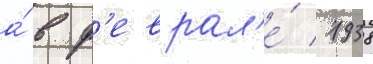
а́ в ф'еврал'е́ 1938